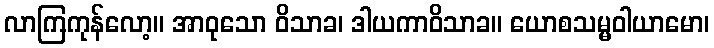
လာကြကုန်လော့။ အာဝုသော ဝိသာခ၊ ဒါယကာဝိသာခ။ ယောစသမ္မဝါယာမော၊